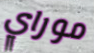
موراي